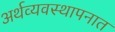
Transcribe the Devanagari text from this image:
अर्थव्यवस्थापनात